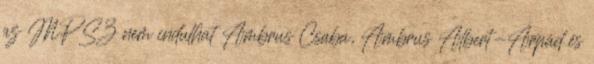
az MPSZ nem indulhat Ambrus Csaba, Ambrus Albert-Árpád és